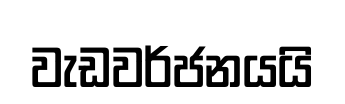
වැඩවර්ජනයයි